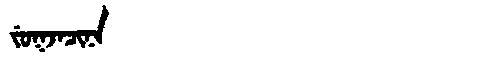
Manchu: ᠵᡠᡴᠵᠠᠴᡳᠨᠠ
Romanization: JUKJACINA